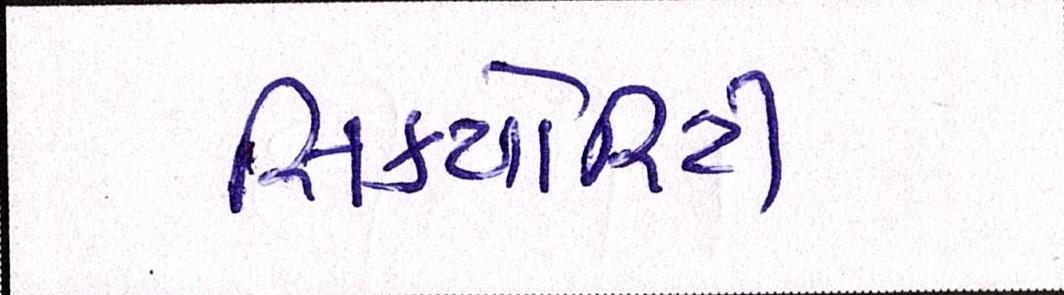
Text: સિક્યોરિટી